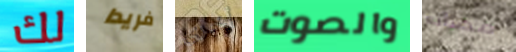
لك فريدا أخرى والصوت مصانع